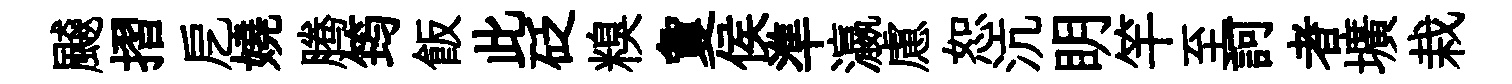
飇摺戹嬈腾筠飯此砭糗夐侯準瀛慮恕沆眀竿至訶者壙栽